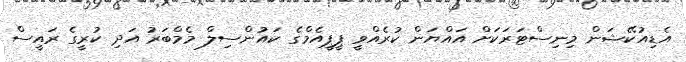
އެޑިއުކޭޝަން މިނިސްޓަރަކަށް އައްޔަން ކުރެއްވީ ޕީޕީއެމްގެ ކައުންސިލް މެމްބަރު އަދި ކުރީގެ ރައީސް